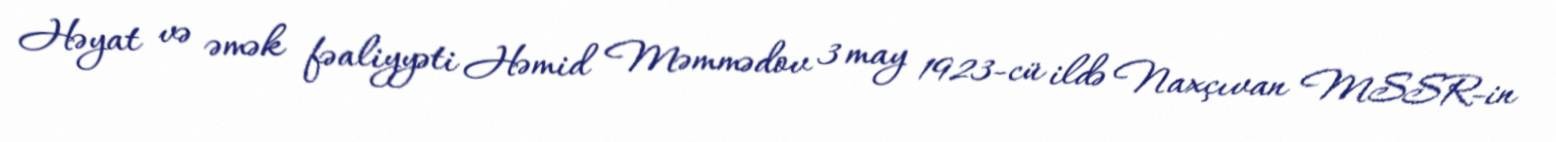
Həyat və əmək fəaliyyəti Həmid Məmmədov 3 may 1923-cü ildə Naxçıvan MSSR-in